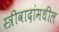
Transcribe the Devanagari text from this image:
स्त्रीवादांमधील